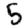
Digit: 5